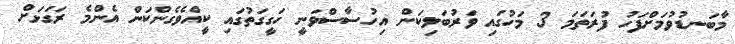
މާބަނޑުވުމަށްފަހު ފުރަތަމަ 3 މަހުގައި ވަރުބަލިކަން އިހުސާސްވަނީ ހަގީގަތުގައި ކީއްވެގެންކަން އެންމެ ރަގަޅަށް